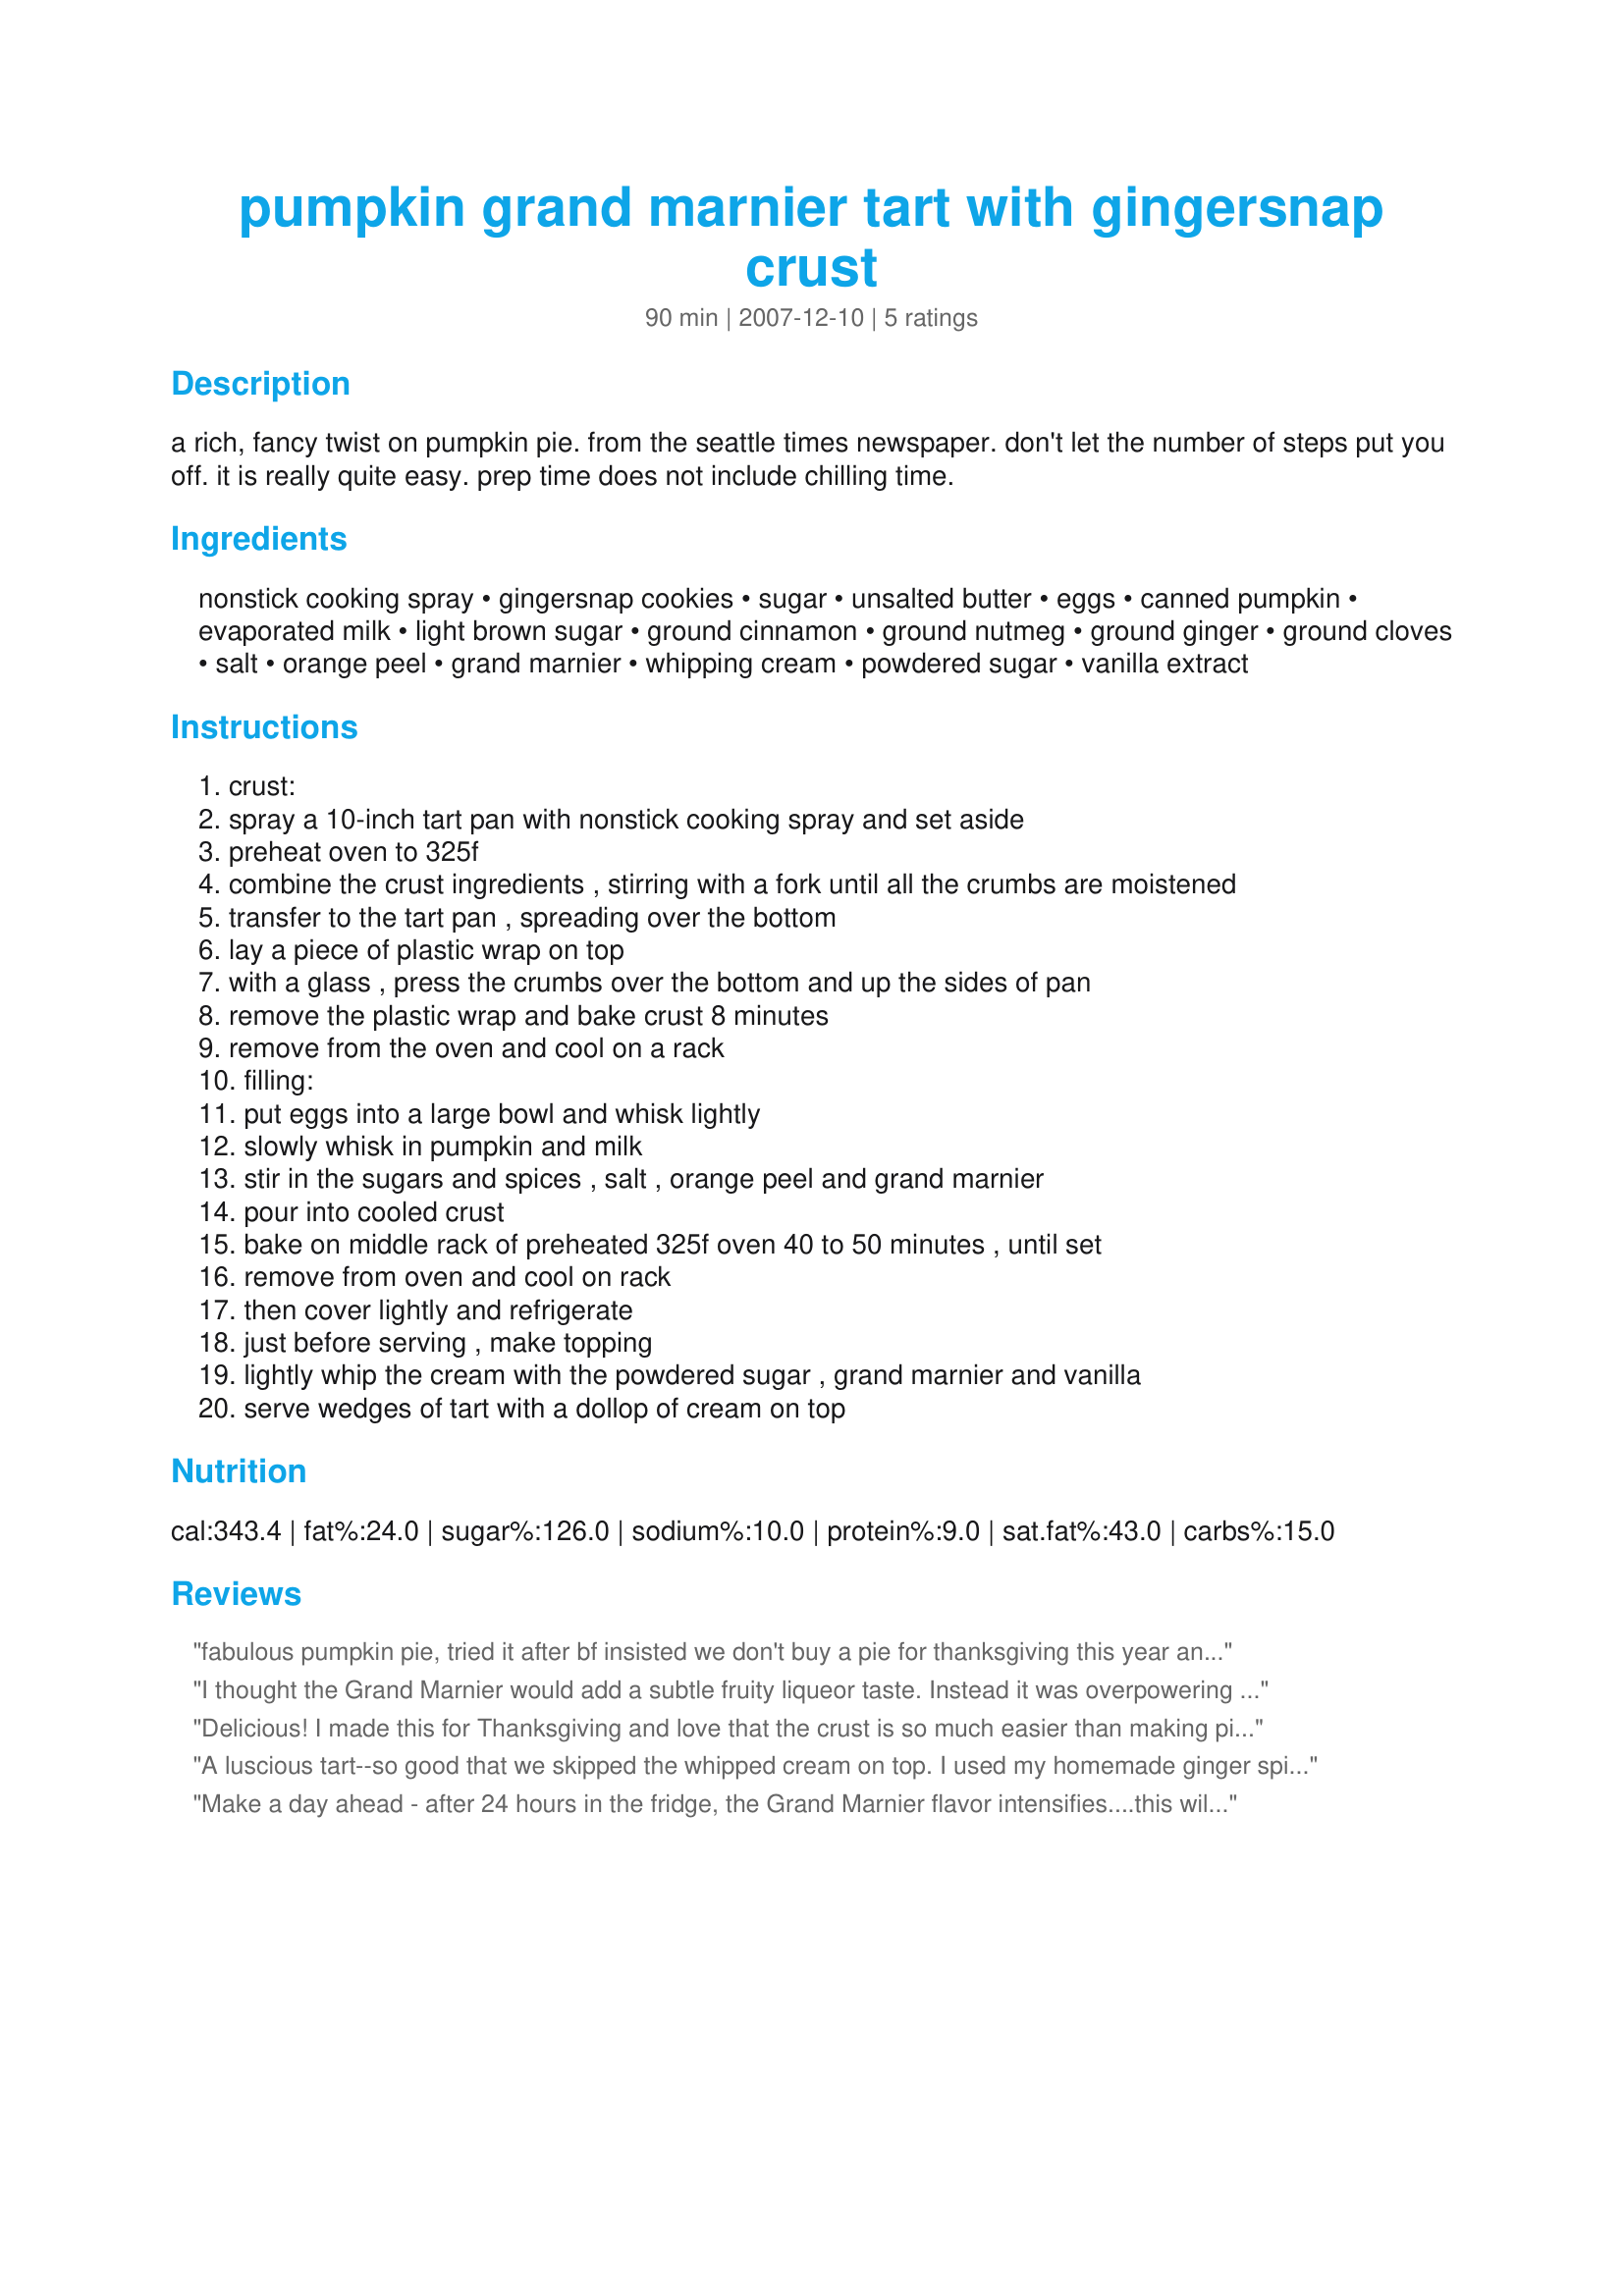
pumpkin grand marnier tart with gingersnap crust
Preparation time: 90 minutes

a rich, fancy twist on pumpkin pie. from the seattle times newspaper. don't let the number of steps put you off. it is really quite easy. prep time does not include chilling time.

Ingredients:
nonstick cooking spray, gingersnap cookies, sugar, unsalted butter, eggs, canned pumpkin, evaporated milk, light brown sugar, ground cinnamon, ground nutmeg, ground ginger, ground cloves, salt, orange peel, grand marnier, whipping cream, powdered sugar, vanilla extract

Steps:
crust:
spray a 10-inch tart pan with nonstick cooking spray and set aside
preheat oven to 325f
combine the crust ingredients , stirring with a fork until all the crumbs are moistened
transfer to the tart pan , spreading over the bottom
lay a piece of plastic wrap on top
with a glass , press the crumbs over the bottom and up the sides of pan
remove the plastic wrap and bake crust 8 minutes
remove from the oven and cool on a rack
filling:
put eggs into a large bowl and whisk lightly
slowly whisk in pumpkin and milk
stir in the sugars and spices , salt , orange peel and grand marnier
pour into cooled crust
bake on middle rack of preheated 325f oven 40 to 50 minutes , until set
remove from oven and cool on rack
then cover lightly and refrigerate
just before serving , make topping
lightly whip the cream with the powdered sugar , grand marnier and vanilla
serve wedges of tart with a dollop of cream on top

Reviews:
fabulous pumpkin pie, tried it after bf insisted we don't buy a pie for thanksgiving this year and i'm glad we didn't! the recipe doesn't specify what brand or size of gingersnap cookies, so i guessed and used a 300g bag of gingersnaps and it worked fine for the recipe.
we ran out of orange peel and did without but it still tasted great. we also loaded up on the spices.
oh also, i learned the hard way that trying to whip cream with grand marnier in it takes a LONG time, so i would STRONGLY suggest whipping the cream with the sugar and vanilla first and then folding the g.m. in AFTER.
thanks for the recipe! :)
I thought the Grand Marnier would add a subtle fruity liqueor taste. Instead it was overpowering and tasted like we were doing shots of booze. Sorry, I wouldn't make again. Only a few people in my family could even finish their slice.
Delicious! I made this for Thanksgiving and love that the crust is so much easier than making pie tart and it has an elegant presentation. Kids and adults loved it.
A luscious tart--so good that we skipped the whipped cream on top. I used my homemade ginger spice cookies and did not add any sugar to the crumbs--sweet enough to my taste. I used organic pureed pumpkin. I suspect this would be equally as good with sweet potatoes or squash. Another keeper, Mikekey!
Make a day ahead - after 24 hours in the fridge, the Grand Marnier flavor intensifies....this will become the most wonderful pumpkin pie you've ever had! Very rich and dense, even using fat free evaporated milk, and the gingersnap crust is yummy. It's delicious with cinnamon ice cream but I'd like to try the Grand Marnier whipped cream next time, and maybe make mini tarts.
